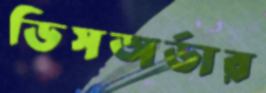
ডিসঅর্ডার